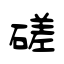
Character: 磋